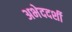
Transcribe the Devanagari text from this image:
अभेददर्शी